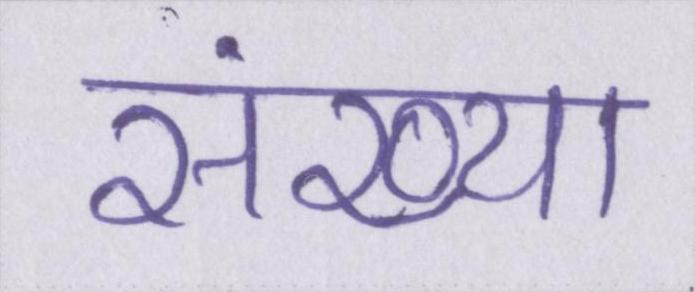
संख्या